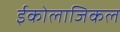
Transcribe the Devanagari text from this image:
ईकोलाजिकल